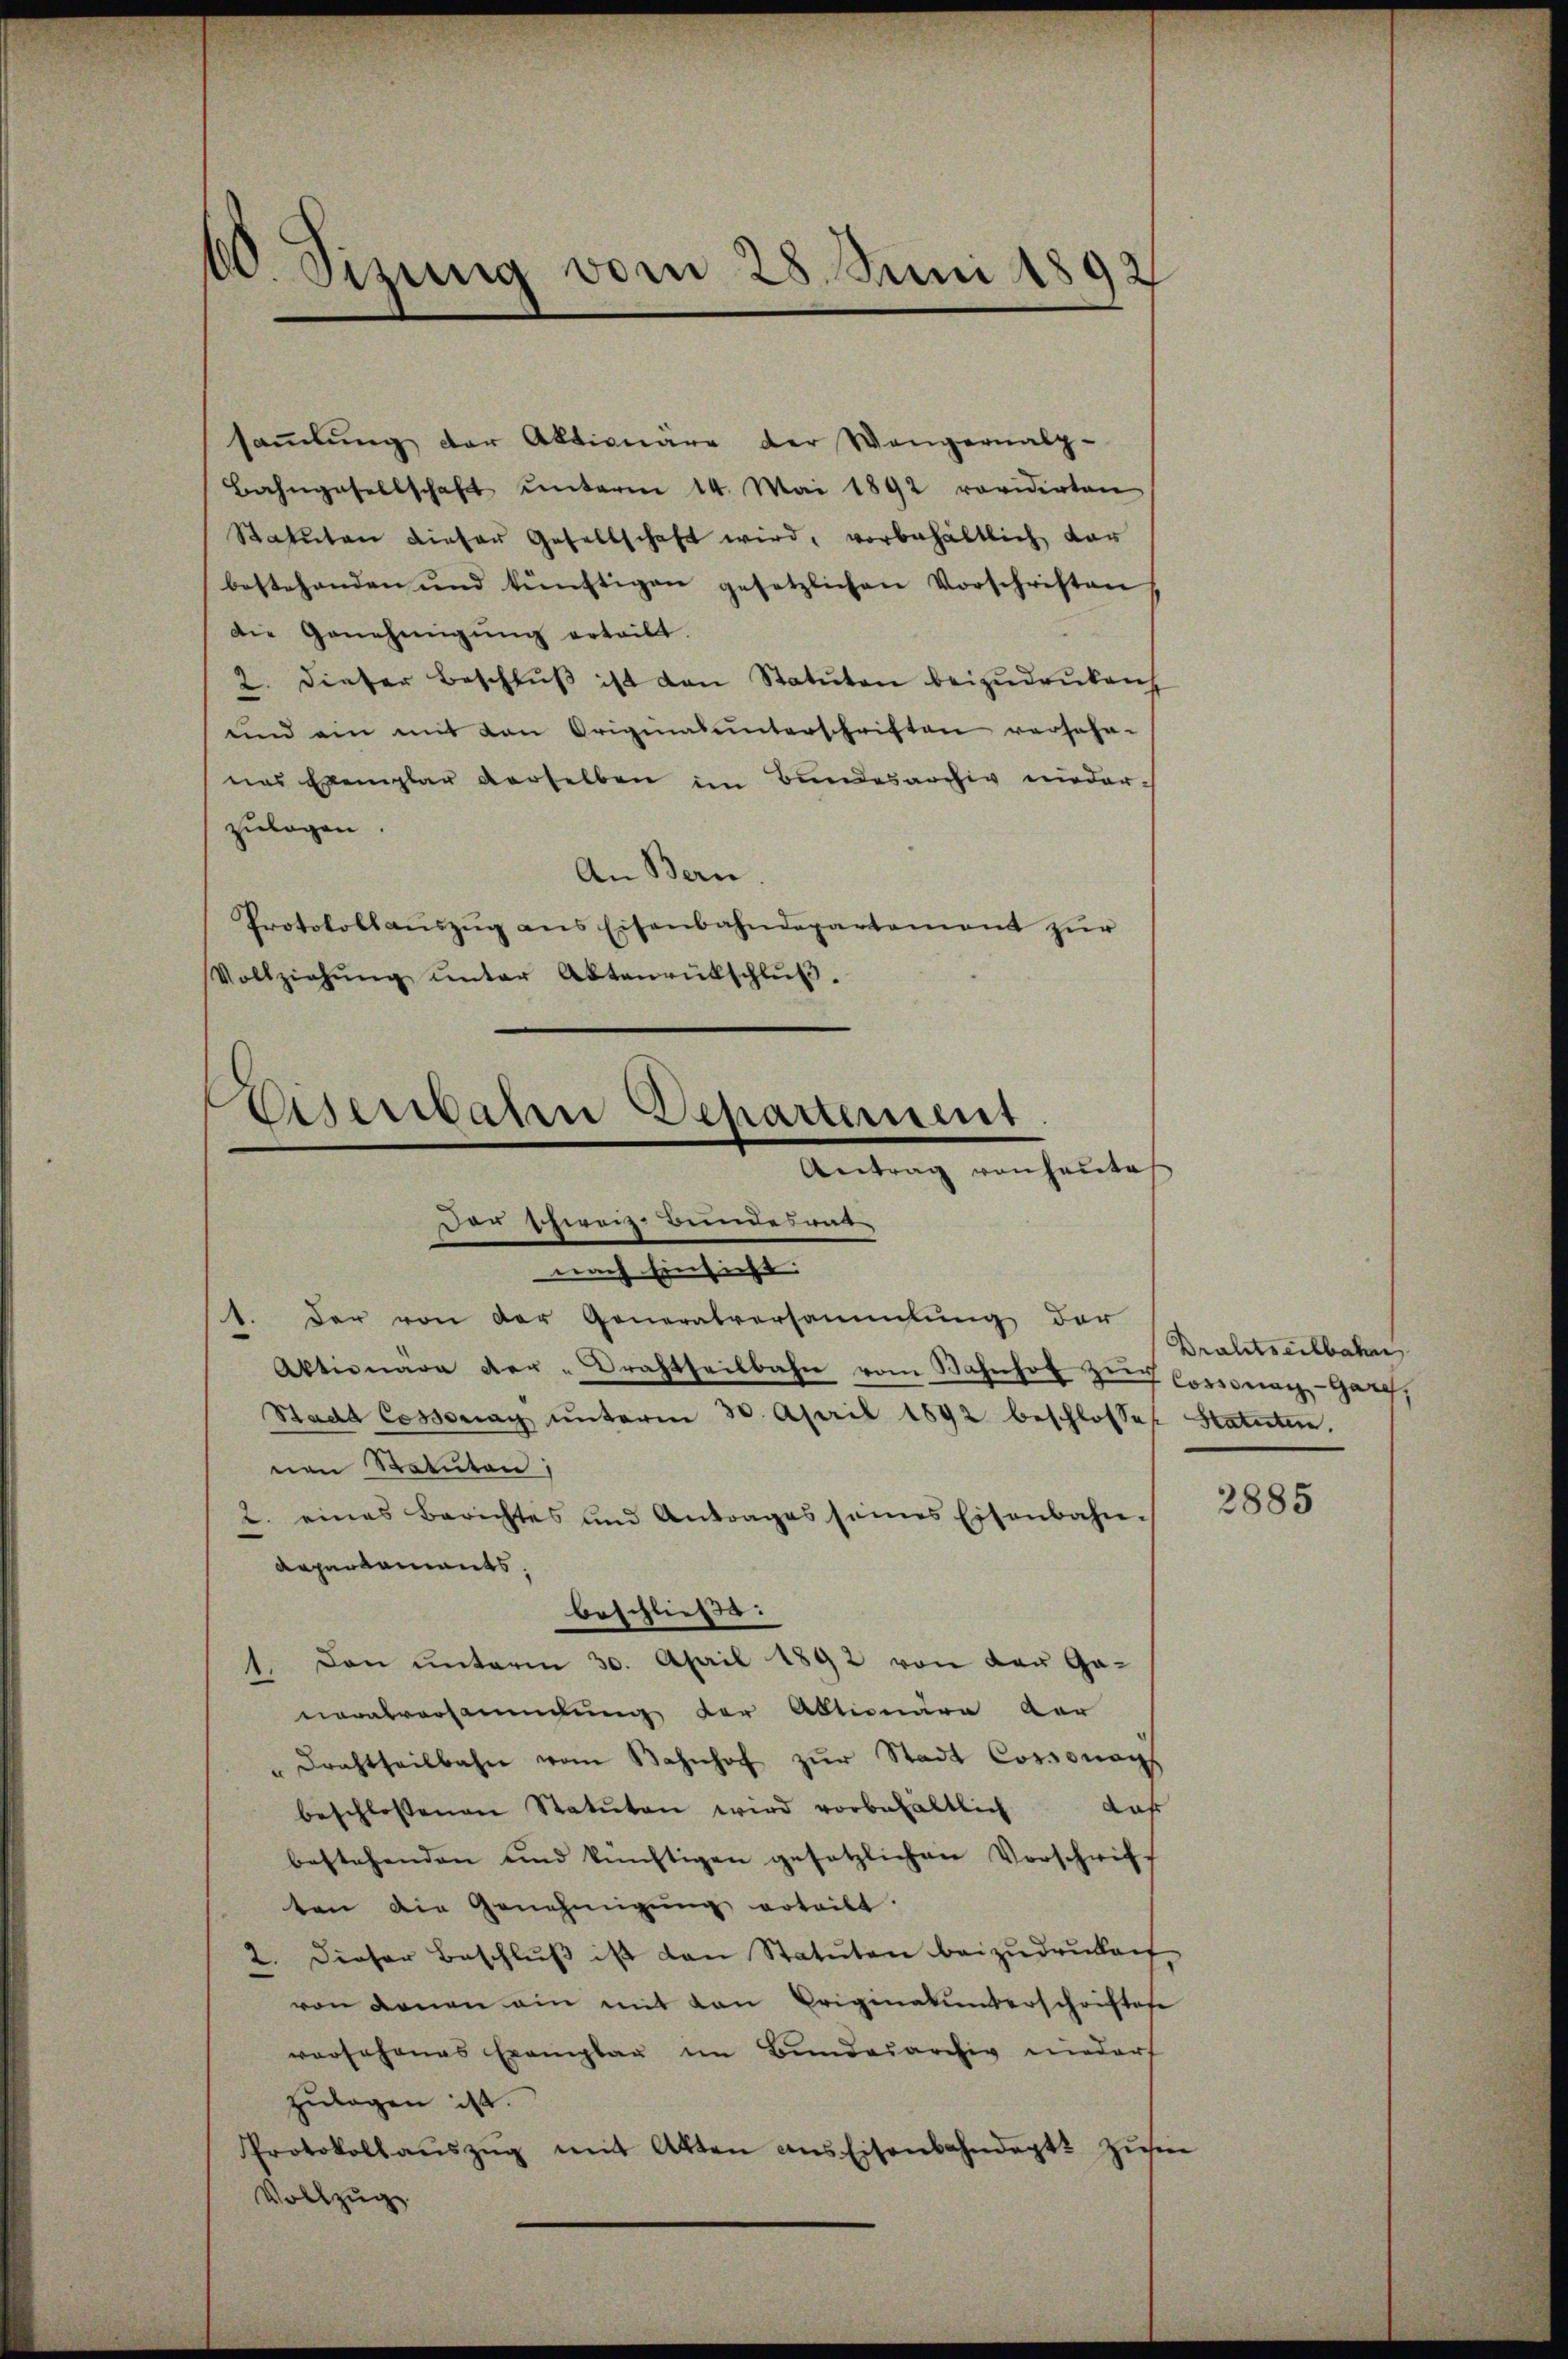
Sizung vom 28. Juni 1892

saṁlŭng der Aktionäre der Wangernalz-
Bahngesellschaft unterm 14. Mai 1892 revidirten
Statuten dieser Gesellschaft wird, vorbehältlich dar
bestehenden und künftigen gesetzlichen Vorschriften
Die Genehmigung erteilt.
2. dieser Beschlŭβ ist den Statuten beizŭdrŭkenh
und ein mit den Originalunterschriften versehn-
nas Exemplar derselben im Bundesarchiv niederzulagen.
An Bern
Protokollauszug aus Eisenbahndepartement zur
Vollziehŭng ŭnter Aktenrütschlŭβ.

eisenbahn Departement
Antrag von heute
Der Schweiz. Bundesrat

beschließt:

Drahtseitbahn
7 Cossonanz-Gar,

nach Einsicht:
der von der Generalversammlung der
Aktionara der-Trachtheilbahn vom Bahnhof zŭ
Stadt Cossonach unterm 30. April 1892 beschlosses Statuten.
nen Statuten;
2. eines Berichtes und Antrages seines Eisenbahn¬
Repartaments.
1. Den ŭnterm 30. April 1892 von der Ganeralversammlung der Aktionäre der
"Drachtheilbahn vom Bahnhof zŭr Stadt Cossonays
daß
beschlossenen Statuten wird vorbehältlich
bestehenden und künftigen gesetzlichen Vorschrift
ten die Genehmigŭng erteilt.
2. Dieser Beschlŭβ ist dan Statuten beizŭdrŭkan
von denen ein mit von Originalunterschriftese
worJohanas Exemplar im Bundesarchiv niedarf
zulagen ist.
Protokollaŭszŭg mit Akten ans Eisenbahndept Zŭsi
Vollzug

2885